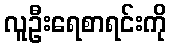
လူဦးရေစာရင်းကို